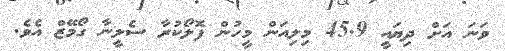
ވަނަ އަށް ދިޔައީ 45.9 މިލިއަން މީހުން ފޮލޯކުރާ ސެލީނާ ގޯމޭޒް އެވެ.